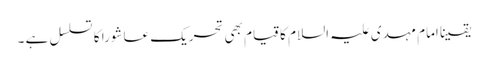
یقینا امام مہدی علیہ السلام کا قیام بھی تحریک عاشورا کا تسلسل ہے ۔